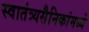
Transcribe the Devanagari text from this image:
स्वातंत्र्यसैनिकांमध्ये